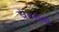
ચકરાવા